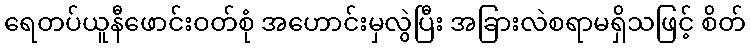
ရေတပ်ယူနီဖောင်းဝတ်စုံ အဟောင်းမှလွဲပြီး အခြားလဲစရာမရှိသဖြင့် စိတ်